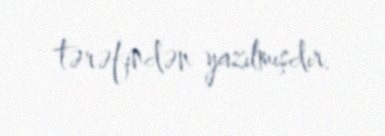
tərəfindən yazılmışdır.